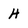
Character: H